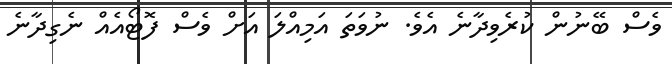
ވެސް ބޭނުން ކުރެވިދާނެ އެވެ. ނުވަތަ އަމިއްލަ އަށް ވެސް ފޮޓޯއެއް ނެގިދާނެ